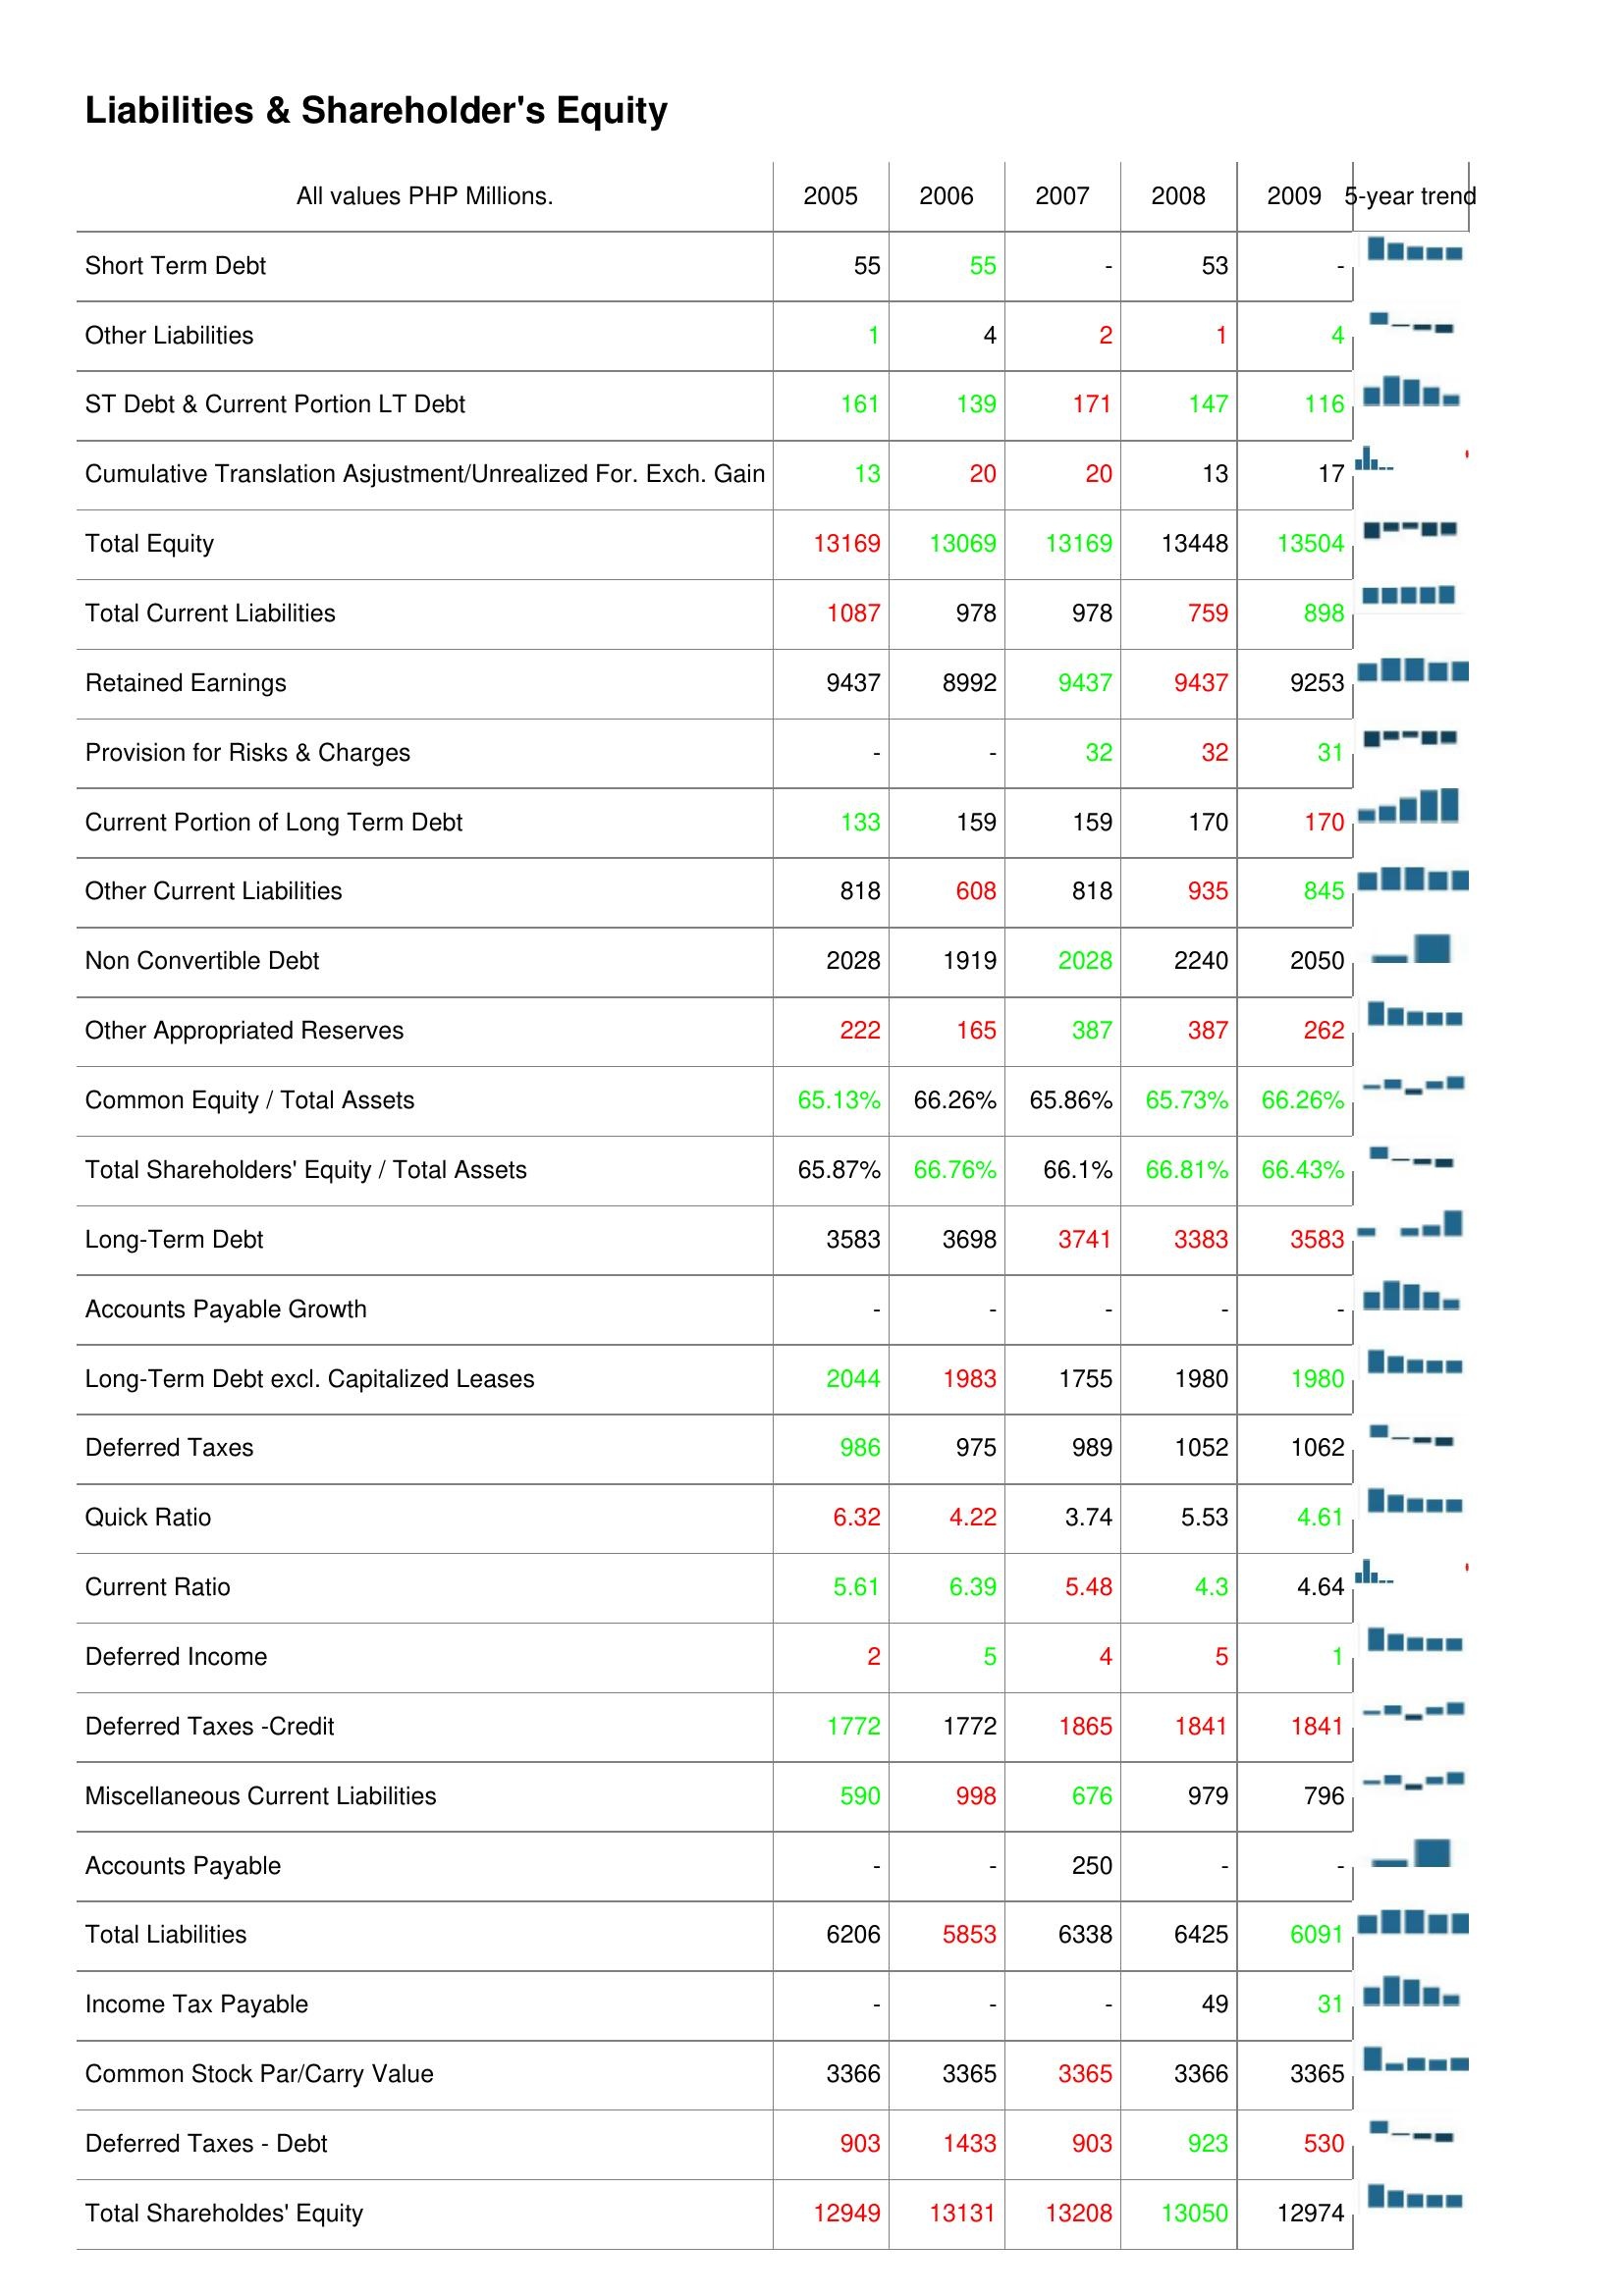
2005: Liabilities & Shareholder's Equity: Short Term Debt: 55
Other Liabilities: 1
ST Debt & Current Portion LT Debt: 161
Cumulative Translation Asjustment/Unrealized For. Exch. Gain: 13
Total Equity: 13169
Total Current Liabilities: 1087
Retained Earnings: 9437
Provision for Risks & Charges: -
Current Portion of Long Term Debt: 133
Other Current Liabilities: 818
Non Convertible Debt: 2028
Other Appropriated Reserves: 222
Common Equity / Total Assets: 65.13%
Total Shareholders' Equity / Total Assets: 65.87%
Long-Term Debt: 3583
Accounts Payable Growth: -
Long-Term Debt excl. Capitalized Leases: 2044
Deferred Taxes: 986
Quick Ratio: 6.32
Current Ratio: 5.61
Deferred Income: 2
Deferred Taxes -Credit: 1772
Miscellaneous Current Liabilities: 590
Accounts Payable: -
Total Liabilities: 6206
Income Tax Payable: -
Common Stock Par/Carry Value: 3366
Deferred Taxes - Debt: 903
Total Shareholdes' Equity: 12949
2006: Liabilities & Shareholder's Equity: Short Term Debt: 55
Other Liabilities: 4
ST Debt & Current Portion LT Debt: 139
Cumulative Translation Asjustment/Unrealized For. Exch. Gain: 20
Total Equity: 13069
Total Current Liabilities: 978
Retained Earnings: 8992
Provision for Risks & Charges: -
Current Portion of Long Term Debt: 159
Other Current Liabilities: 608
Non Convertible Debt: 1919
Other Appropriated Reserves: 165
Common Equity / Total Assets: 66.26%
Total Shareholders' Equity / Total Assets: 66.76%
Long-Term Debt: 3698
Accounts Payable Growth: -
Long-Term Debt excl. Capitalized Leases: 1983
Deferred Taxes: 975
Quick Ratio: 4.22
Current Ratio: 6.39
Deferred Income: 5
Deferred Taxes -Credit: 1772
Miscellaneous Current Liabilities: 998
Accounts Payable: -
Total Liabilities: 5853
Income Tax Payable: -
Common Stock Par/Carry Value: 3365
Deferred Taxes - Debt: 1433
Total Shareholdes' Equity: 13131
2007: Liabilities & Shareholder's Equity: Short Term Debt: -
Other Liabilities: 2
ST Debt & Current Portion LT Debt: 171
Cumulative Translation Asjustment/Unrealized For. Exch. Gain: 20
Total Equity: 13169
Total Current Liabilities: 978
Retained Earnings: 9437
Provision for Risks & Charges: 32
Current Portion of Long Term Debt: 159
Other Current Liabilities: 818
Non Convertible Debt: 2028
Other Appropriated Reserves: 387
Common Equity / Total Assets: 65.86%
Total Shareholders' Equity / Total Assets: 66.1%
Long-Term Debt: 3741
Accounts Payable Growth: -
Long-Term Debt excl. Capitalized Leases: 1755
Deferred Taxes: 989
Quick Ratio: 3.74
Current Ratio: 5.48
Deferred Income: 4
Deferred Taxes -Credit: 1865
Miscellaneous Current Liabilities: 676
Accounts Payable: 250
Total Liabilities: 6338
Income Tax Payable: -
Common Stock Par/Carry Value: 3365
Deferred Taxes - Debt: 903
Total Shareholdes' Equity: 13208
2008: Liabilities & Shareholder's Equity: Short Term Debt: 53
Other Liabilities: 1
ST Debt & Current Portion LT Debt: 147
Cumulative Translation Asjustment/Unrealized For. Exch. Gain: 13
Total Equity: 13448
Total Current Liabilities: 759
Retained Earnings: 9437
Provision for Risks & Charges: 32
Current Portion of Long Term Debt: 170
Other Current Liabilities: 935
Non Convertible Debt: 2240
Other Appropriated Reserves: 387
Common Equity / Total Assets: 65.73%
Total Shareholders' Equity / Total Assets: 66.81%
Long-Term Debt: 3383
Accounts Payable Growth: -
Long-Term Debt excl. Capitalized Leases: 1980
Deferred Taxes: 1052
Quick Ratio: 5.53
Current Ratio: 4.3
Deferred Income: 5
Deferred Taxes -Credit: 1841
Miscellaneous Current Liabilities: 979
Accounts Payable: -
Total Liabilities: 6425
Income Tax Payable: 49
Common Stock Par/Carry Value: 3366
Deferred Taxes - Debt: 923
Total Shareholdes' Equity: 13050
2009: Liabilities & Shareholder's Equity: Short Term Debt: -
Other Liabilities: 4
ST Debt & Current Portion LT Debt: 116
Cumulative Translation Asjustment/Unrealized For. Exch. Gain: 17
Total Equity: 13504
Total Current Liabilities: 898
Retained Earnings: 9253
Provision for Risks & Charges: 31
Current Portion of Long Term Debt: 170
Other Current Liabilities: 845
Non Convertible Debt: 2050
Other Appropriated Reserves: 262
Common Equity / Total Assets: 66.26%
Total Shareholders' Equity / Total Assets: 66.43%
Long-Term Debt: 3583
Accounts Payable Growth: -
Long-Term Debt excl. Capitalized Leases: 1980
Deferred Taxes: 1062
Quick Ratio: 4.61
Current Ratio: 4.64
Deferred Income: 1
Deferred Taxes -Credit: 1841
Miscellaneous Current Liabilities: 796
Accounts Payable: -
Total Liabilities: 6091
Income Tax Payable: 31
Common Stock Par/Carry Value: 3365
Deferred Taxes - Debt: 530
Total Shareholdes' Equity: 12974